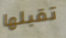
تقبلها